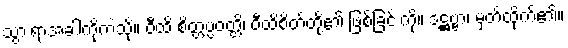
သွားရာအခါကိုကဲ့သို့။ ဝီထိ စိတ္တပ္ပဝတ္တိ၊ ဝီထိစိတ်တို့၏ ဖြစ်ခြင်းကို။ ဒဋ္ဌဗ္ဗာ၊ မှတ်ထိုက်၏။